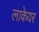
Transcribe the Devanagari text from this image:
लाकेयर